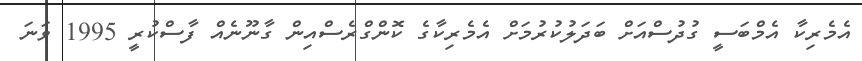
އެމެރިކާ އެމްބަސީ ގުދުސްއަށް ބަދަލުކުރުމަށް އެމެރިކާގެ ކޮންގްރެސްއިން ގާނޫނެއް ފާސްކުރީ 1995 ވަނަ